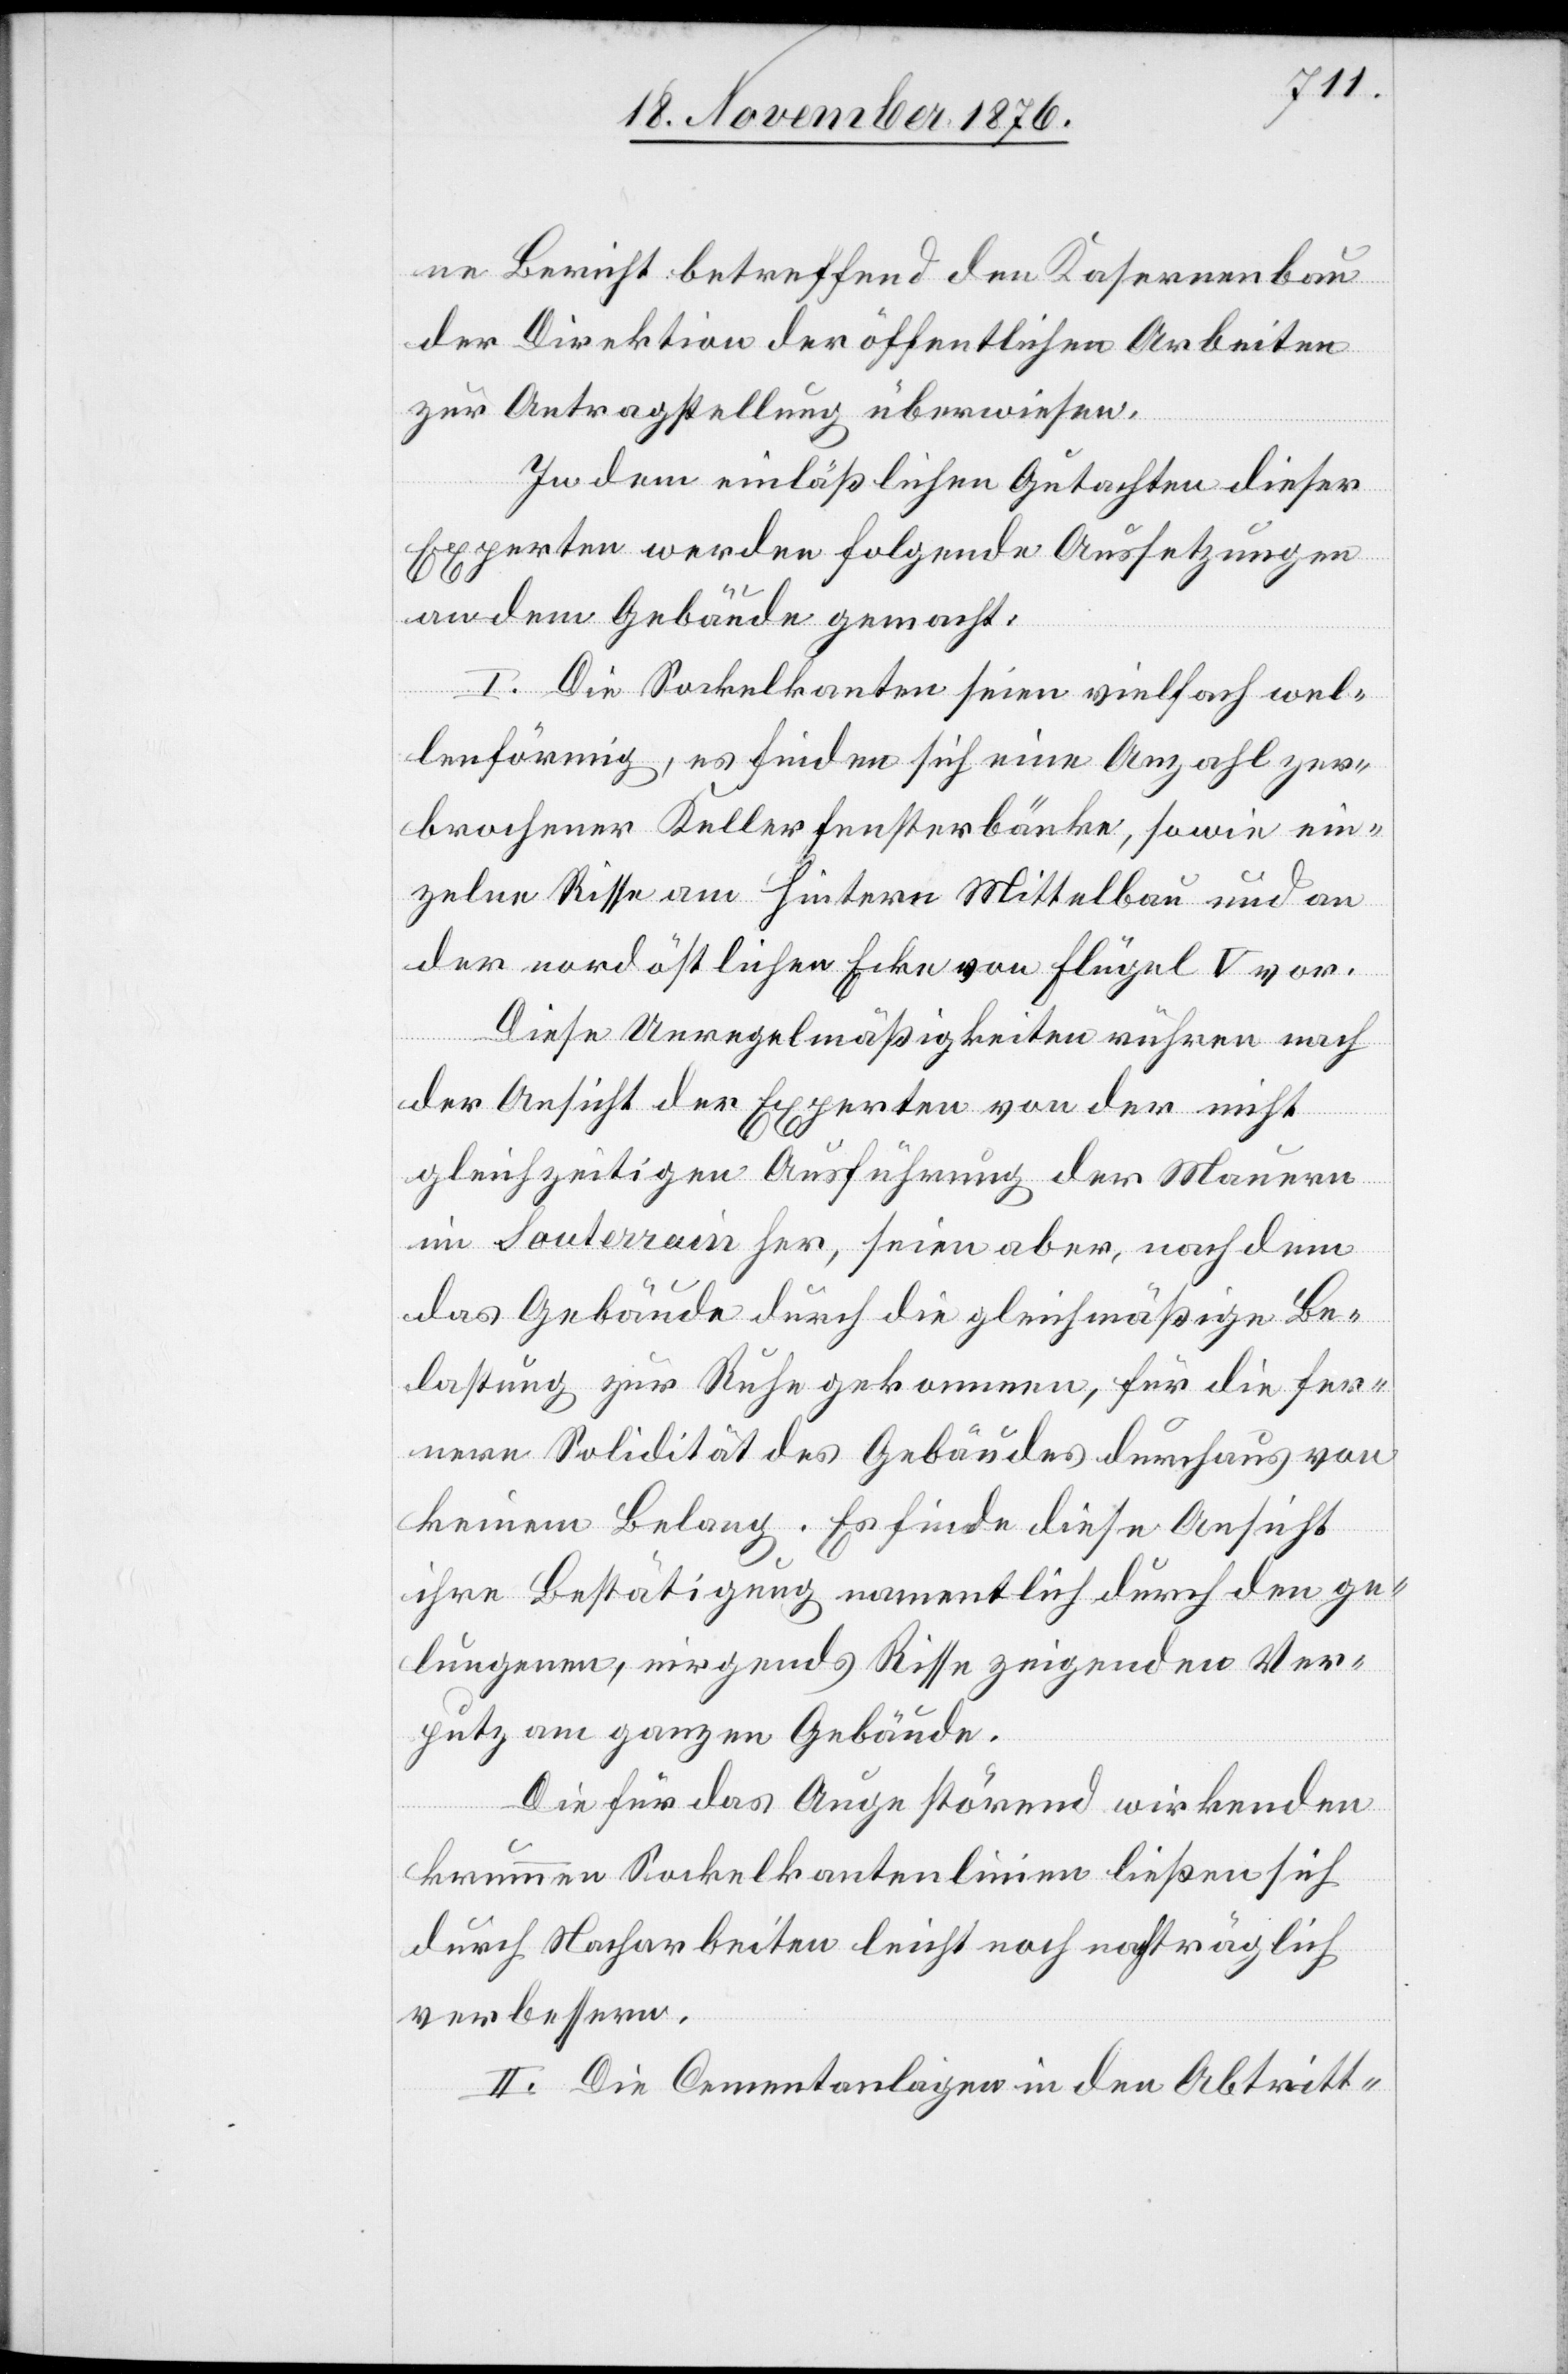
ne Bericht betreffend den Kasernenbau
der Direktion der öffentlichen Arbeiten
zur Antragstellung überwiesen.
In dem einläßlichen Gutachten dieser
Experten werden folgende Aussetzungen
an dem Gebäude gemacht:
I. Die Sockelkanten seien vielfach wel¬
lenförmig, es finden sich eine Anzahl zer¬
brochener Kellerfensterbänke, sowie ein¬
zelne Risse am Hintern Mittelbau und an
der nordöstlichen Ecke von Flügel V vor.
Diese Unregelmäßigkeiten rühren nach
der Ansicht der Experten von der nicht
gleichzeitigen Ausführung der Mauern
im Sauterrain her, seien aber, nachdem
fernere Solidität des Gebäudes durchaus von
keinem Belang. Es finde diese Ansicht
ihre Bestätigung namentlich durch den ge¬
lungenen, nirgends Risse zeigenden Ver¬
putz am ganzen Gebäude.
Die für das Auge störend wirkenden
krummen Sockelkantenlinien ließen sich
durch Nacharbeiten leicht noch nachträglich
verbessern.
II. Die Cementanlagen in den Abtritt-